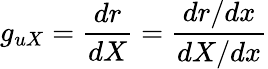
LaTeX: g_{uX}=\frac{dr}{dX}=\frac{dr/dx}{dX/dx}